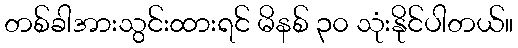
တစ်ခါအားသွင်းထားရင် မိနစ် ၃၀ သုံးနိုင်ပါတယ်။